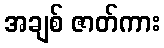
အချစ် ဇာတ်ကား